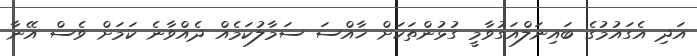
އަދި އެގައުމުގެ ބައިނަލްއަގުވާމީ ގުޅުންތަކަށް ޚާއްސަ ސަމާލުކަމެއް ދެއްވާނެ ކަމަށް ވެސް އޭނާ